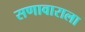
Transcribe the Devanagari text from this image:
सणावाराला